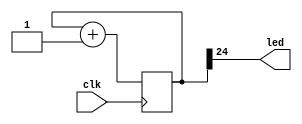
// This program was cloned from: https://github.com/openXC7/demo-projects
// License: BSD 3-Clause "New" or "Revised" License

`default_nettype none   //do not allow undeclared wires

module blinky (
    input  wire clk,
    output wire led
    );

    reg [24:0] r_count = 0;

    always @(posedge(clk)) r_count <= r_count + 1;

    assign led = r_count[24];
endmodule